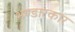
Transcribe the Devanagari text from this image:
भण्डारकार